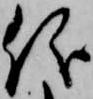
儀